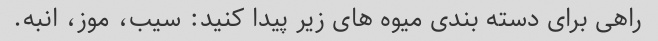
راهی برای دسته بندی میوه های زیر پیدا کنید: سیب، موز، انبه.